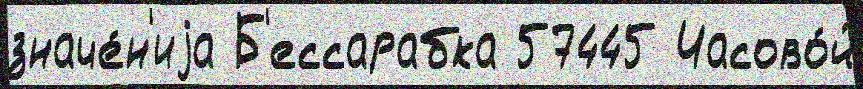
значе́н'иjа Б'ессарабка 57445 Часово́й